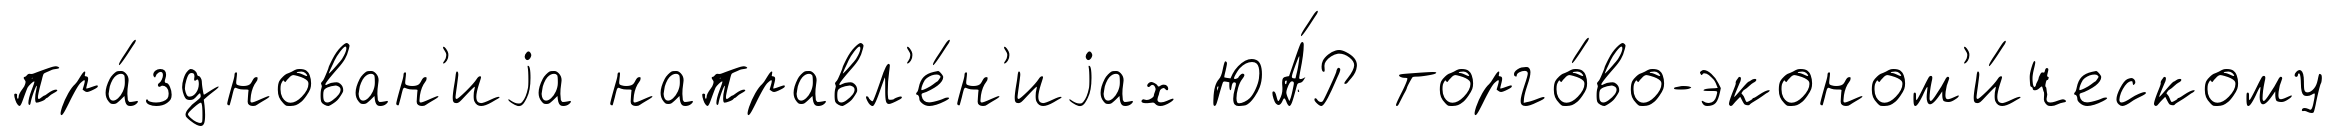
пра́зднован'иjа направл'е́н'иjах ЮА́Р торго́во-эконом'и́ческому